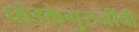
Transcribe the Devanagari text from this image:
घोडकेगुरुजींची